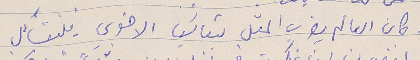
وكان العالم يضرب المثل بتعايشنا الاخوي - فلنتسآءل